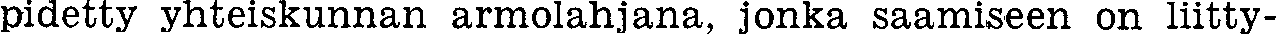
pidetty yhteiskunnan armolahjana, jonka saamiseen on liitty-